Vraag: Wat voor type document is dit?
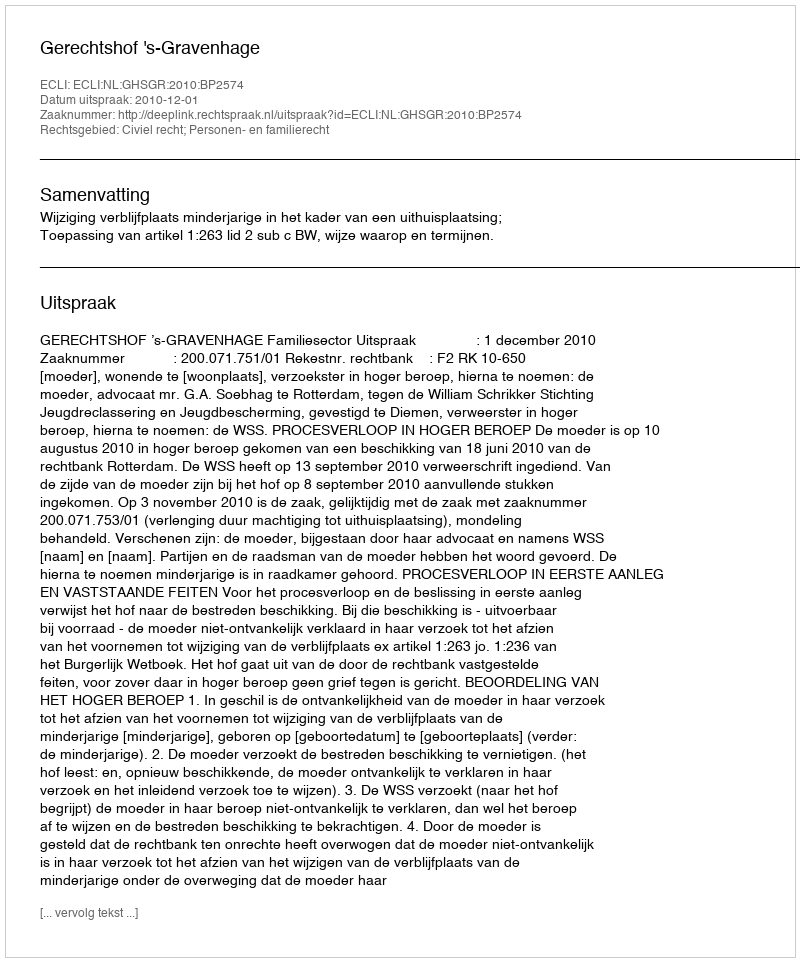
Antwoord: Uitspraak